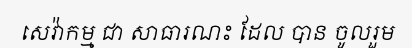
សេវ៉ាកម្ម ជា សាធារណះ ដែល បាន ចូលរួម